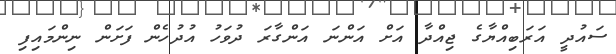
ސައުދީ އަރަބިއްޔާގެ ޖިއްދާ އަށް އަންނަ އަންގާރަ ދުވަހު އުދުހެން ފަށަން ނިންމައިފި